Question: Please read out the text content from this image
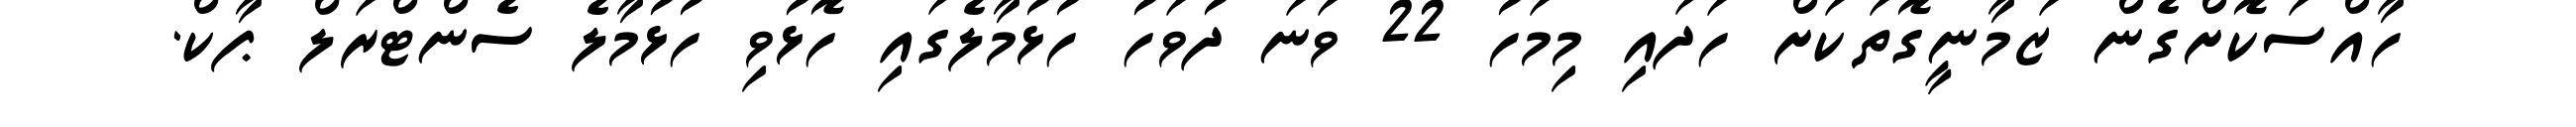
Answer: ހާއްސަކޮށްގެން ޒަމާނީގޮތަކަށް ހަދައި މިމަހު 22 ވަނަ ދުވަހު ހުޅުމާލެގައި ހޮޅުވި ހުޅުމާލެ ސެންޓްރަލް ޕާކް.